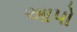
આપો